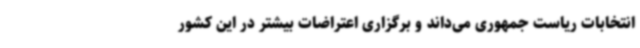
انتخابات ریاست جمهوری می‌داند و برگزاری اعتراضات بیشتر در این کشور